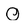
Character: 0